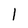
Character: 1